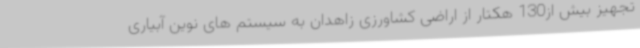
تجهیز بیش از130 هکتار از اراضی کشاورزی زاهدان به سیستم های نوین آبیاری